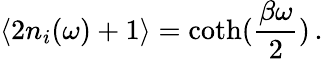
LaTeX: \langle 2n_{i}(\omega)+1\rangle=\coth(\frac{\beta\omega}{2})\, .